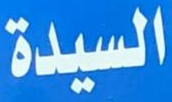
السيدة